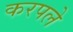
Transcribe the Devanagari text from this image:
करपले